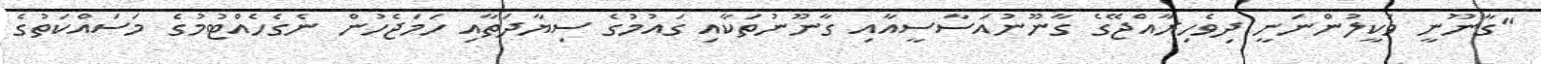
"ގާނޫނީ ވަކީލުންނަނީ ދިވެހިރާއްޖޭގެ ގާނޫނުއަސާސީއާއި ގާނޫނުތަކާއި ގައުމުގެ ސިޔާދަތާއި ހަމަޖެހުން ނެގެހެއްޓުމުގެ މަސައްކަތުގެ